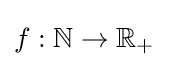
f:\mathbb {N} \to \mathbb {R} _{+}